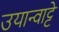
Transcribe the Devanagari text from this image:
उयान्वाट्टे